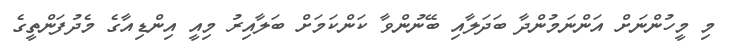
މި މީހުންނަށް އަންނަމުންދާ ބަދަލާއި ބޭނުންވާ ކަންކަމަށް ބަލާއިރު މިއީ އިންޑިއާގެ މެދުފަންތީގެ